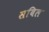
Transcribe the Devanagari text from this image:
सबिल